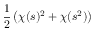
{ \frac { 1 } { 2 } } \left( \chi ( s ) ^ { 2 } + \chi ( s ^ { 2 } ) \right)